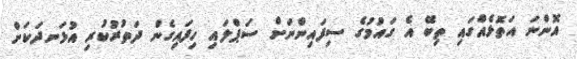
އޮންނަ އަތޮޅެއްގައި ތިބޭ އެ ގައުމުގެ ސިފައިންނަށް ސަޕްލައި ހިފައިގެން ދަތުރުކުރި އުޅަނދަކަށް